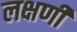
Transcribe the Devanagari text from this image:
लक्षणी